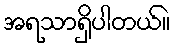
အရသာရှိပါတယ်။